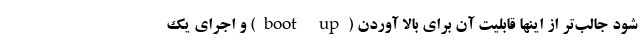
شود جالب‌تر از اینها قابلیت آن برای بالا آوردن (boot up) و اجرای یک